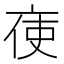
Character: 𠅚